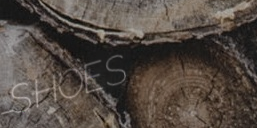
SHOES